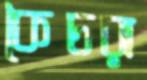
কৈচরা